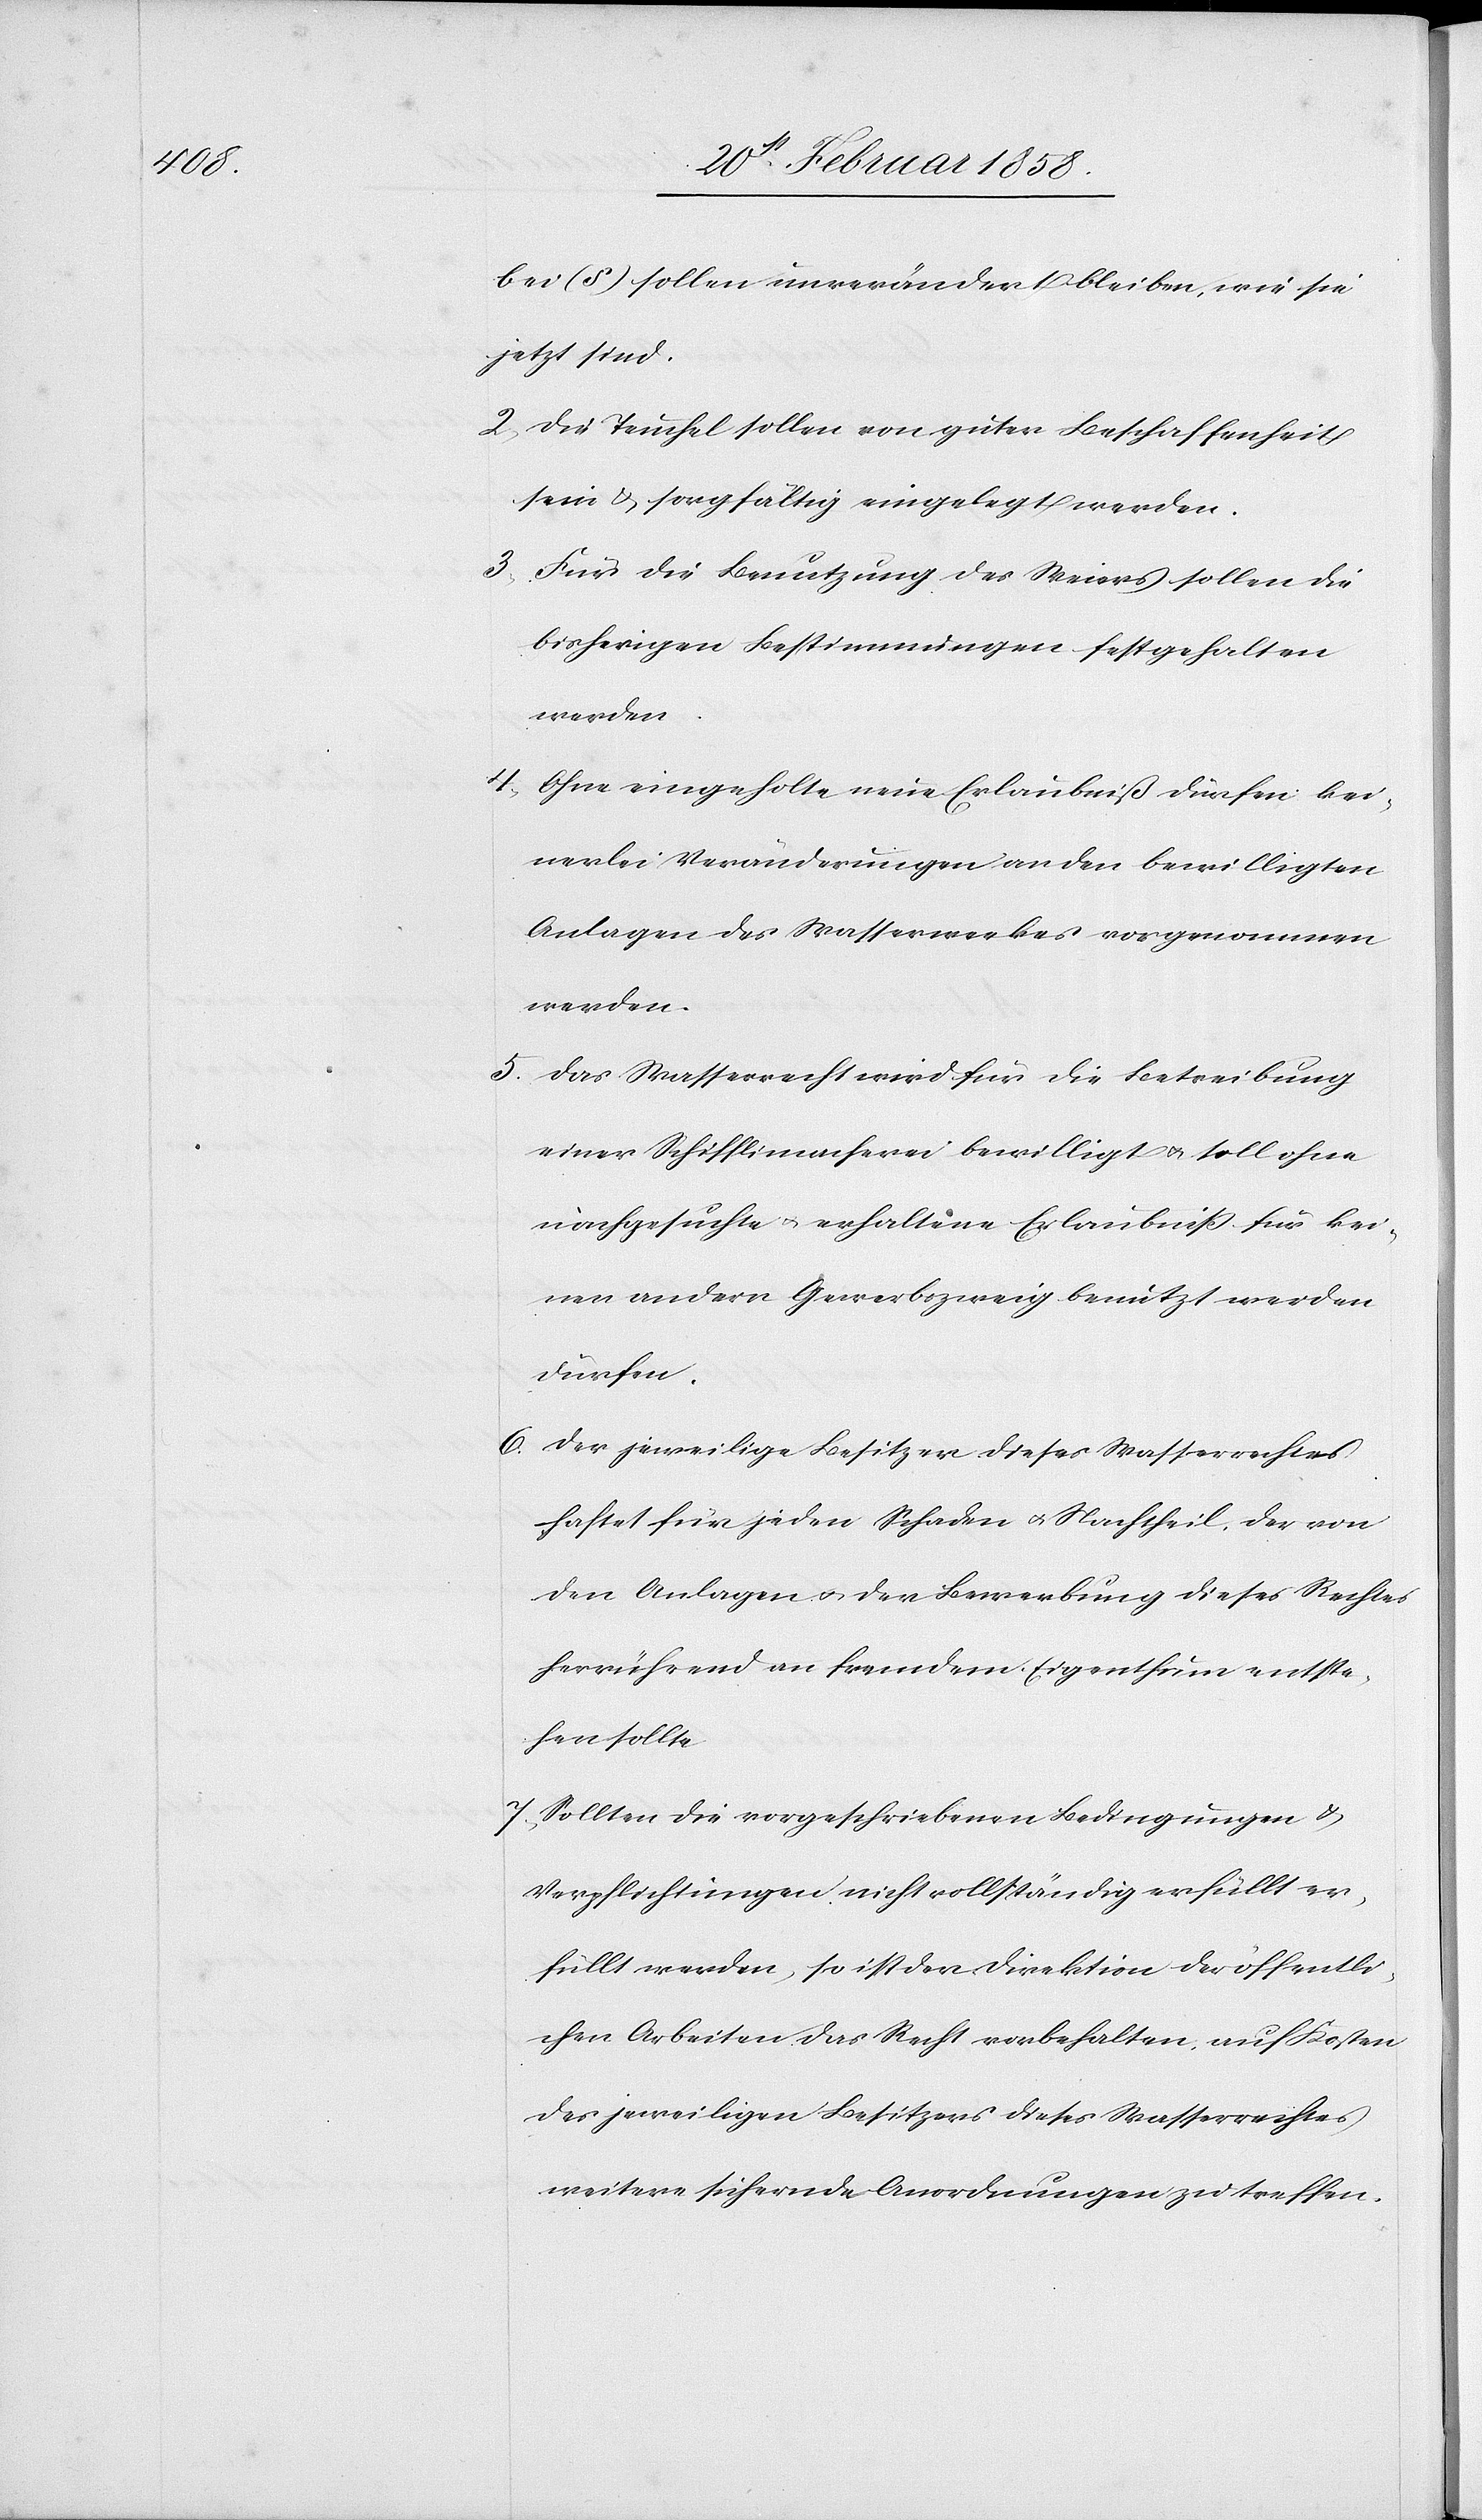
füllt

(S) sollen unverändert bleiben, wie sie
jetzt sind.
2. Die Teuchel sollen von guter Beschaffenheit
sein u. sorgfältig eingelegt werden.
3.
Für die Benutzung des Weiers sollen die
bisherigen Bestimmungen festgehalten
werden.
4. Ohne eingeholte neue Erlaubniß dürfen kei¬
nerlei Veränderungen an den bewilligten
Anlagen des Wasserwerkes vorgenommen
werden.
5. Das Wasserrecht wird für die Betreibung
einer Schifflimacherei bewilligt u. soll ohne
nachgesuchte u. erhaltene Erlaubniß für kei¬
nen andern Gewerbszweig benutzt werden
dürfen.
6. Der jeweilige Besitzer dieses Wasserrechtes
haftet für jeden Schaden u. Nachtheil, der von
den Anlagen u. der Bewerbung dieses Rechtes
herrührend an fremdem Eigenthum entste¬
hen sollte.
7. Sollten die vorgeschriebenen Bedingungen u.
Verpflichtungen nicht vollständig erfüllt er¬
[sic!] werden, so ist der Direktion der öffentli¬
chen Arbeiten das Recht vorbehalten, auf Kosten
des jeweiligen Besitzers dieses Wasserrechtes
weitere sichernde Anordnungen zu treffen.